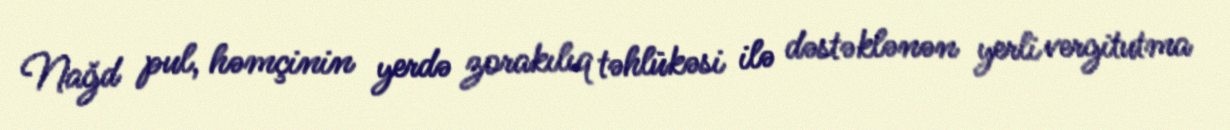
Nağd pul, həmçinin yerdə zorakılıq təhlükəsi ilə dəstəklənən yerli vergitutma